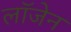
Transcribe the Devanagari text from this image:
लॉजेन